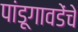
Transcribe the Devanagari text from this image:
पांडूगावडेंचे